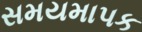
સમયમાપક